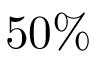
5 0 \%